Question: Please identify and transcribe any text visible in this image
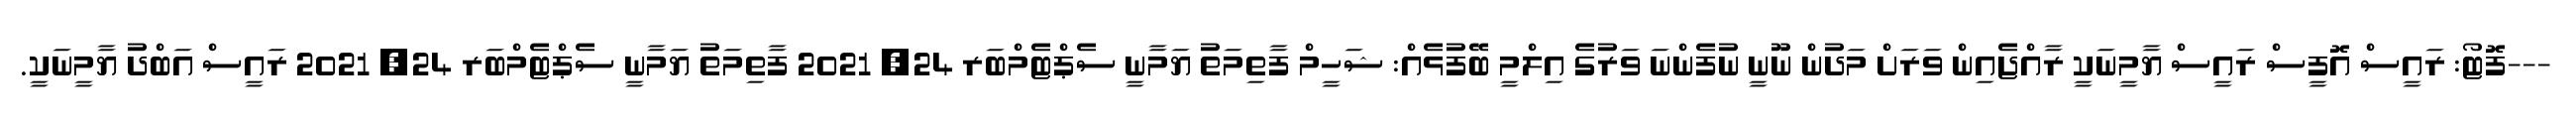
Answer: ---ފޮޓޯ: ރައީސް އޮފީސް ރައީސް ޔާމީނަކީ ރާއްޖެއިން ވަރަށް މަދުން ނޫނީ ނުފެންނަ ވަރުގެ އިލްމީ ބޭފުޅެއް: ޝަހީމް ފާތިމަތު ޔަމާނީ ސެޕްޓެމްބަރ 24, 2021 ފާތިމަތު ޔަމާނީ ސެޕްޓެމްބަރ 24, 2021 ރައީސް އަބްދު ޔާމީނަކީ.